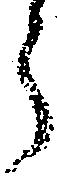
郎